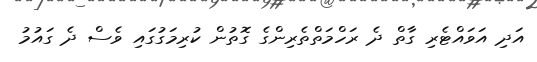
އަދި އަވައްޓެރި ގާތް ދެ ރަހްމަތްތެރިންގެ ގޮތުން ކުރިމަގުގައި ވެސް ދެ ގައުމު